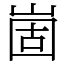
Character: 崮